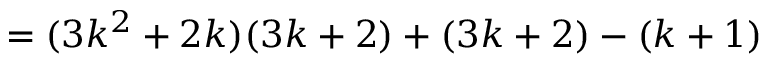
= ( 3 k ^ { 2 } + 2 k ) ( 3 k + 2 ) + ( 3 k + 2 ) - ( k + 1 )